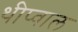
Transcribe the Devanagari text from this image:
थीप्वाल